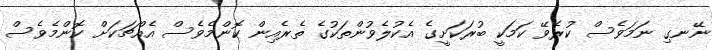
ނޭނގި ނަމަވެސް ކުރެވޭ ކަމަކީ ބުރަކަށީގެ އެކުލެވުންތަކުގެ ތެރެއިން ކޮންމެވެސް އެއްޗަކަށް ކޮންމެވެސް